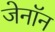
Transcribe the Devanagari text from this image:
जेनॉन